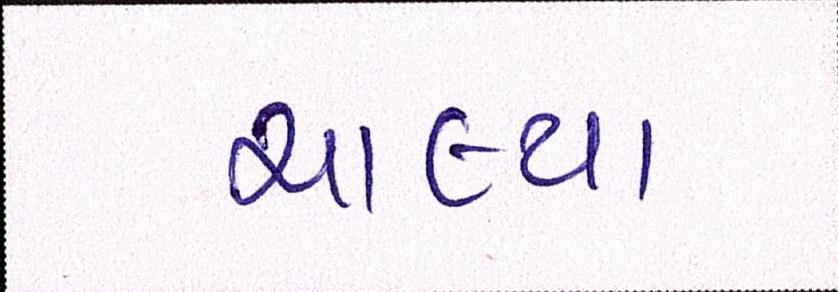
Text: ચાલ્યા